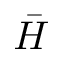
\bar { H }